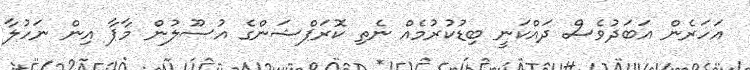
އަހަރެން އަބަދުވެސް ދައްކަނީ ބިޑުކުރުމެއް ނެތި ކޮރަޕްޝަންގެ އުސޫލުން މާޕާ އިން ނަހުލާ